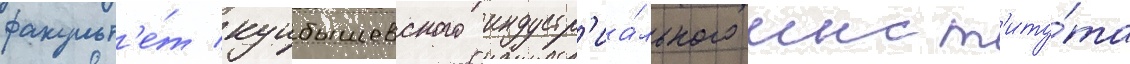
факульт'е́т куибышевского индустр'иа́льного инст'иту́та